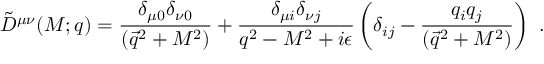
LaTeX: \tilde { D } ^ { \mu \nu } ( M ; q ) = { \frac { \delta _ { \mu 0 } \delta _ { \nu 0 } } { ( \vec { q } ^ { 2 } + M ^ { 2 } ) } } + { \frac { \delta _ { \mu i } \delta _ { \nu j } } { q ^ { 2 } - M ^ { 2 } + i \epsilon } } \left( \delta _ { i j } - { \frac { q _ { i } q _ { j } } { ( \vec { q } ^ { 2 } + M ^ { 2 } ) } } \right) ~ .